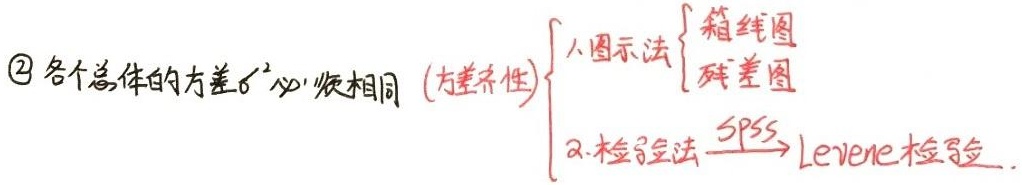
\textcircled{2} 各个总体的方差 $\sigma^{2}$ 必须相同 (方差齐性)。
\[
\begin{cases}
\text{a.图示法} & \begin{cases}
\text{箱线图} \\
\text{残差图}
\end{cases} \\
\text{b.检验法} & \xrightarrow{\text{SPSS}} \text{Levene检验}
\end{cases}
\]